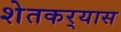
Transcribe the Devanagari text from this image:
शेतकर्‍यास